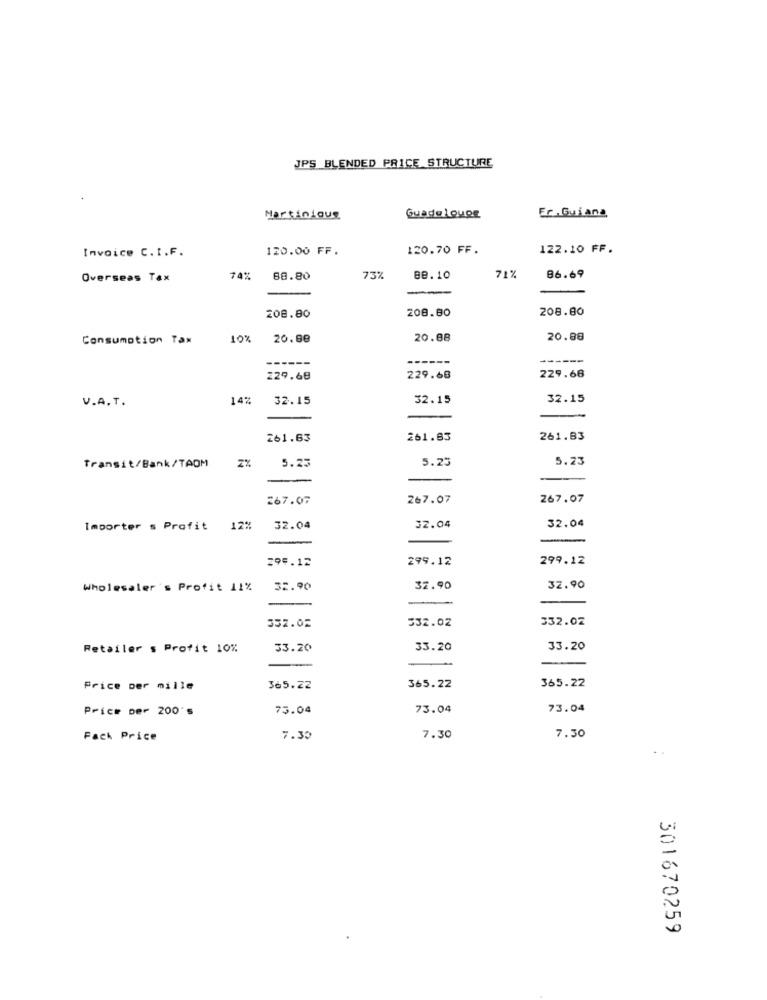
JPS BLENDED PRICE STRUCTURE
Martinious
Guade 1 Quoe
Fr. Guiana
Invoice C.I.F.
120.00 FF.
120.70 FF.
122.10 FF.
Overseas Tax
74%
88.80
73%
Be.10
71%
86.69
208.80
208.80
208.80
Consumption Tax
10%
20.00
20.88
20.88
-----
-----
229.68
229.68
229.68
V.A.T.
14%
32.15
32.15
32.15
261.63
261.63
261.83
5.25
5.23
Transit/Bank/TAOM
Z%
5.25
267.07
267.07
267.07
32.04
Importer s Profit 12%
32.04
32.04
295.12
299.12
299.12
Wholesaler's Profit 11%
52.90
32.90
32.90
332.02
532.02
332.02
Retailer s Profit 10%
33.20
33.20
33.20
365.22
Price per mille
365.22
365.22
Price per 200's
75.04
73.04
73.04
Fack Price
7.30
7.30
7.30
301670259